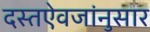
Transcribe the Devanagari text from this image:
दस्तऐवजांनुसार